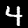
Digit: 4